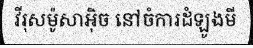
វីរុសម៉ូសាអ៊ិច នៅចំការដំឡូងមី